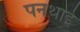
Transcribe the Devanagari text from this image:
पनथाई